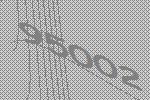
95002